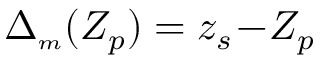
\Delta _ { { \scriptscriptstyle m } } ( Z _ { p } ) = z _ { s } \! - \! Z _ { p }